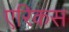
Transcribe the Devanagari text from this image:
एरिकस